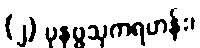
(၂) ပုနဗ္ဗသုကရဟန်း၊